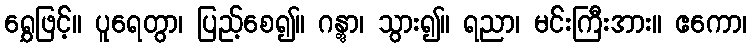
ရွှေဖြင့်။ ပူရေတွာ၊ ပြည့်စေ၍။ ဂန္တွာ၊ သွား၍။ ရညာ၊ မင်းကြီးအား။ ဧကော၊